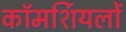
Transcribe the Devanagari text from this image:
कॉमर्शियलों